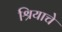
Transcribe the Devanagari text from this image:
श्रियाचे